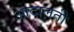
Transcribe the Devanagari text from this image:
आदालती